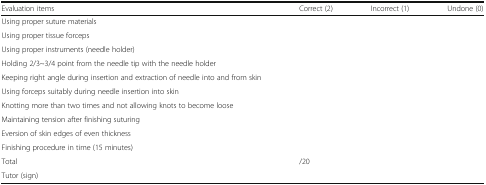
| Evaluation items | Correct (2) | Incorrect (1) | Undone (0) |
 | --- | --- | --- | --- |
 | Using proper suture materials |  |  |  |
 | Using proper tissue forceps |  |  |  |
 | Using proper instruments (needle holder) |  |  |  |
 | Holding 2/3~3/4 point from the needle tip with the needle holder |  |  |  |
 | Keeping right angle during insertion and extraction of needle into and from skin |  |  |  |
 | Using forceps suitably during needle insertion into skin |  |  |  |
 | Knotting more than two times and not allowing knots to become loose |  |  |  |
 | Maintaining tension after finishing suturing |  |  |  |
 | Eversion of skin edges of even thickness |  |  |  |
 | Finishing procedure in time (15 minutes) |  |  |  |
 | Total | <COLSPAN=3> /20 |
 | Tutor (sign) |  |  |  |